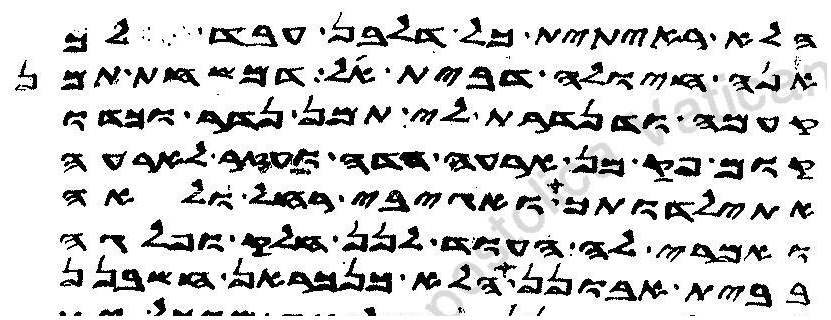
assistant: הלא ראית ית כל דלבן עבד לך
אנה חיולה דבית אל דמשחת תמן
קעמה ודנדרת לי תמן נדר וכדו
קום פק מן ארעה הדה ועזר לארעה
אתילדותך ואגיבי רחל ולאה
ואמרי לה העוד לנן חלק ופלגה
בבית אבונן הלא כנכראן חשבנן